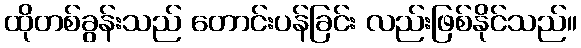
ထိုတစ်ခွန်းသည် တောင်းပန်ခြင်း လည်းဖြစ်နိုင်သည်။